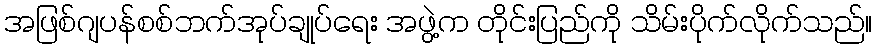
အဖြစ်ဂျပန်စစ်ဘက်အုပ်ချုပ်ရေး အဖွဲ့က တိုင်းပြည်ကို သိမ်းပိုက်လိုက်သည်။